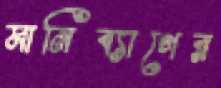
মানিব্যাগের